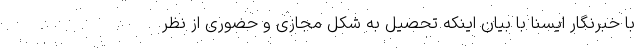
با خبرنگار ایسنا با بیان اینکه تحصیل به شکل مجازی و حضوری از نظر